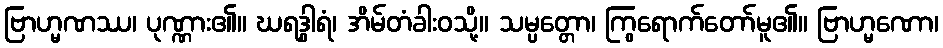
ဗြာဟ္မဏဿ၊ ပုဏ္ဏား၏။ ဃရဒွါရံ၊ အိမ်တံခါးဝသို့။ သမ္ပတ္တော၊ ကြွရောက်တော်မူ၏။ ဗြာဟ္မဏော၊